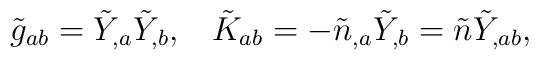
\tilde{g}_{ab} = \tilde{Y}_{,a} \tilde{Y}_{,b}, \;\;\;\tilde{K}_{ab} = - \tilde{n}_{,a} \tilde{Y}_{,b} =  \tilde{n}\tilde{Y}_{,ab},